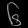
Digit: ၆